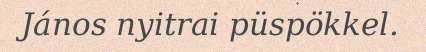
János nyitrai püspökkel.